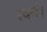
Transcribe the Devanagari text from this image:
स्वर्ण।